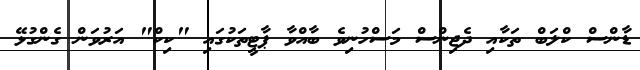
ޑާންސް ކްލަބް ތަކާއި ދެޖިންސް މަސްހުނިވެ ބާއްވާ ޕާޓީތަކުގައި "ކިކް" އަރުވަން ގެންގުޅޭ